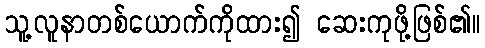
သူ့လူနာတစ်ယောက်ကိုထား၍ ဆေးကုဖို့ဖြစ်၏။